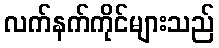
လက်နက်ကိုင်များသည်